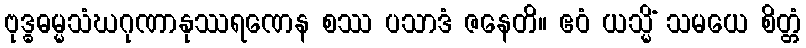
ဗုဒ္ဓဓမ္မသံဃဂုဏာနုဿရဏေန စဿ ပသာဒံ ဇနေတိ။ ဧဝံ ယသ္မိံ သမယေ စိတ္တံ